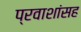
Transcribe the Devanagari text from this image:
प्रवाशांसह